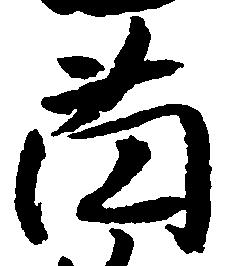
薗